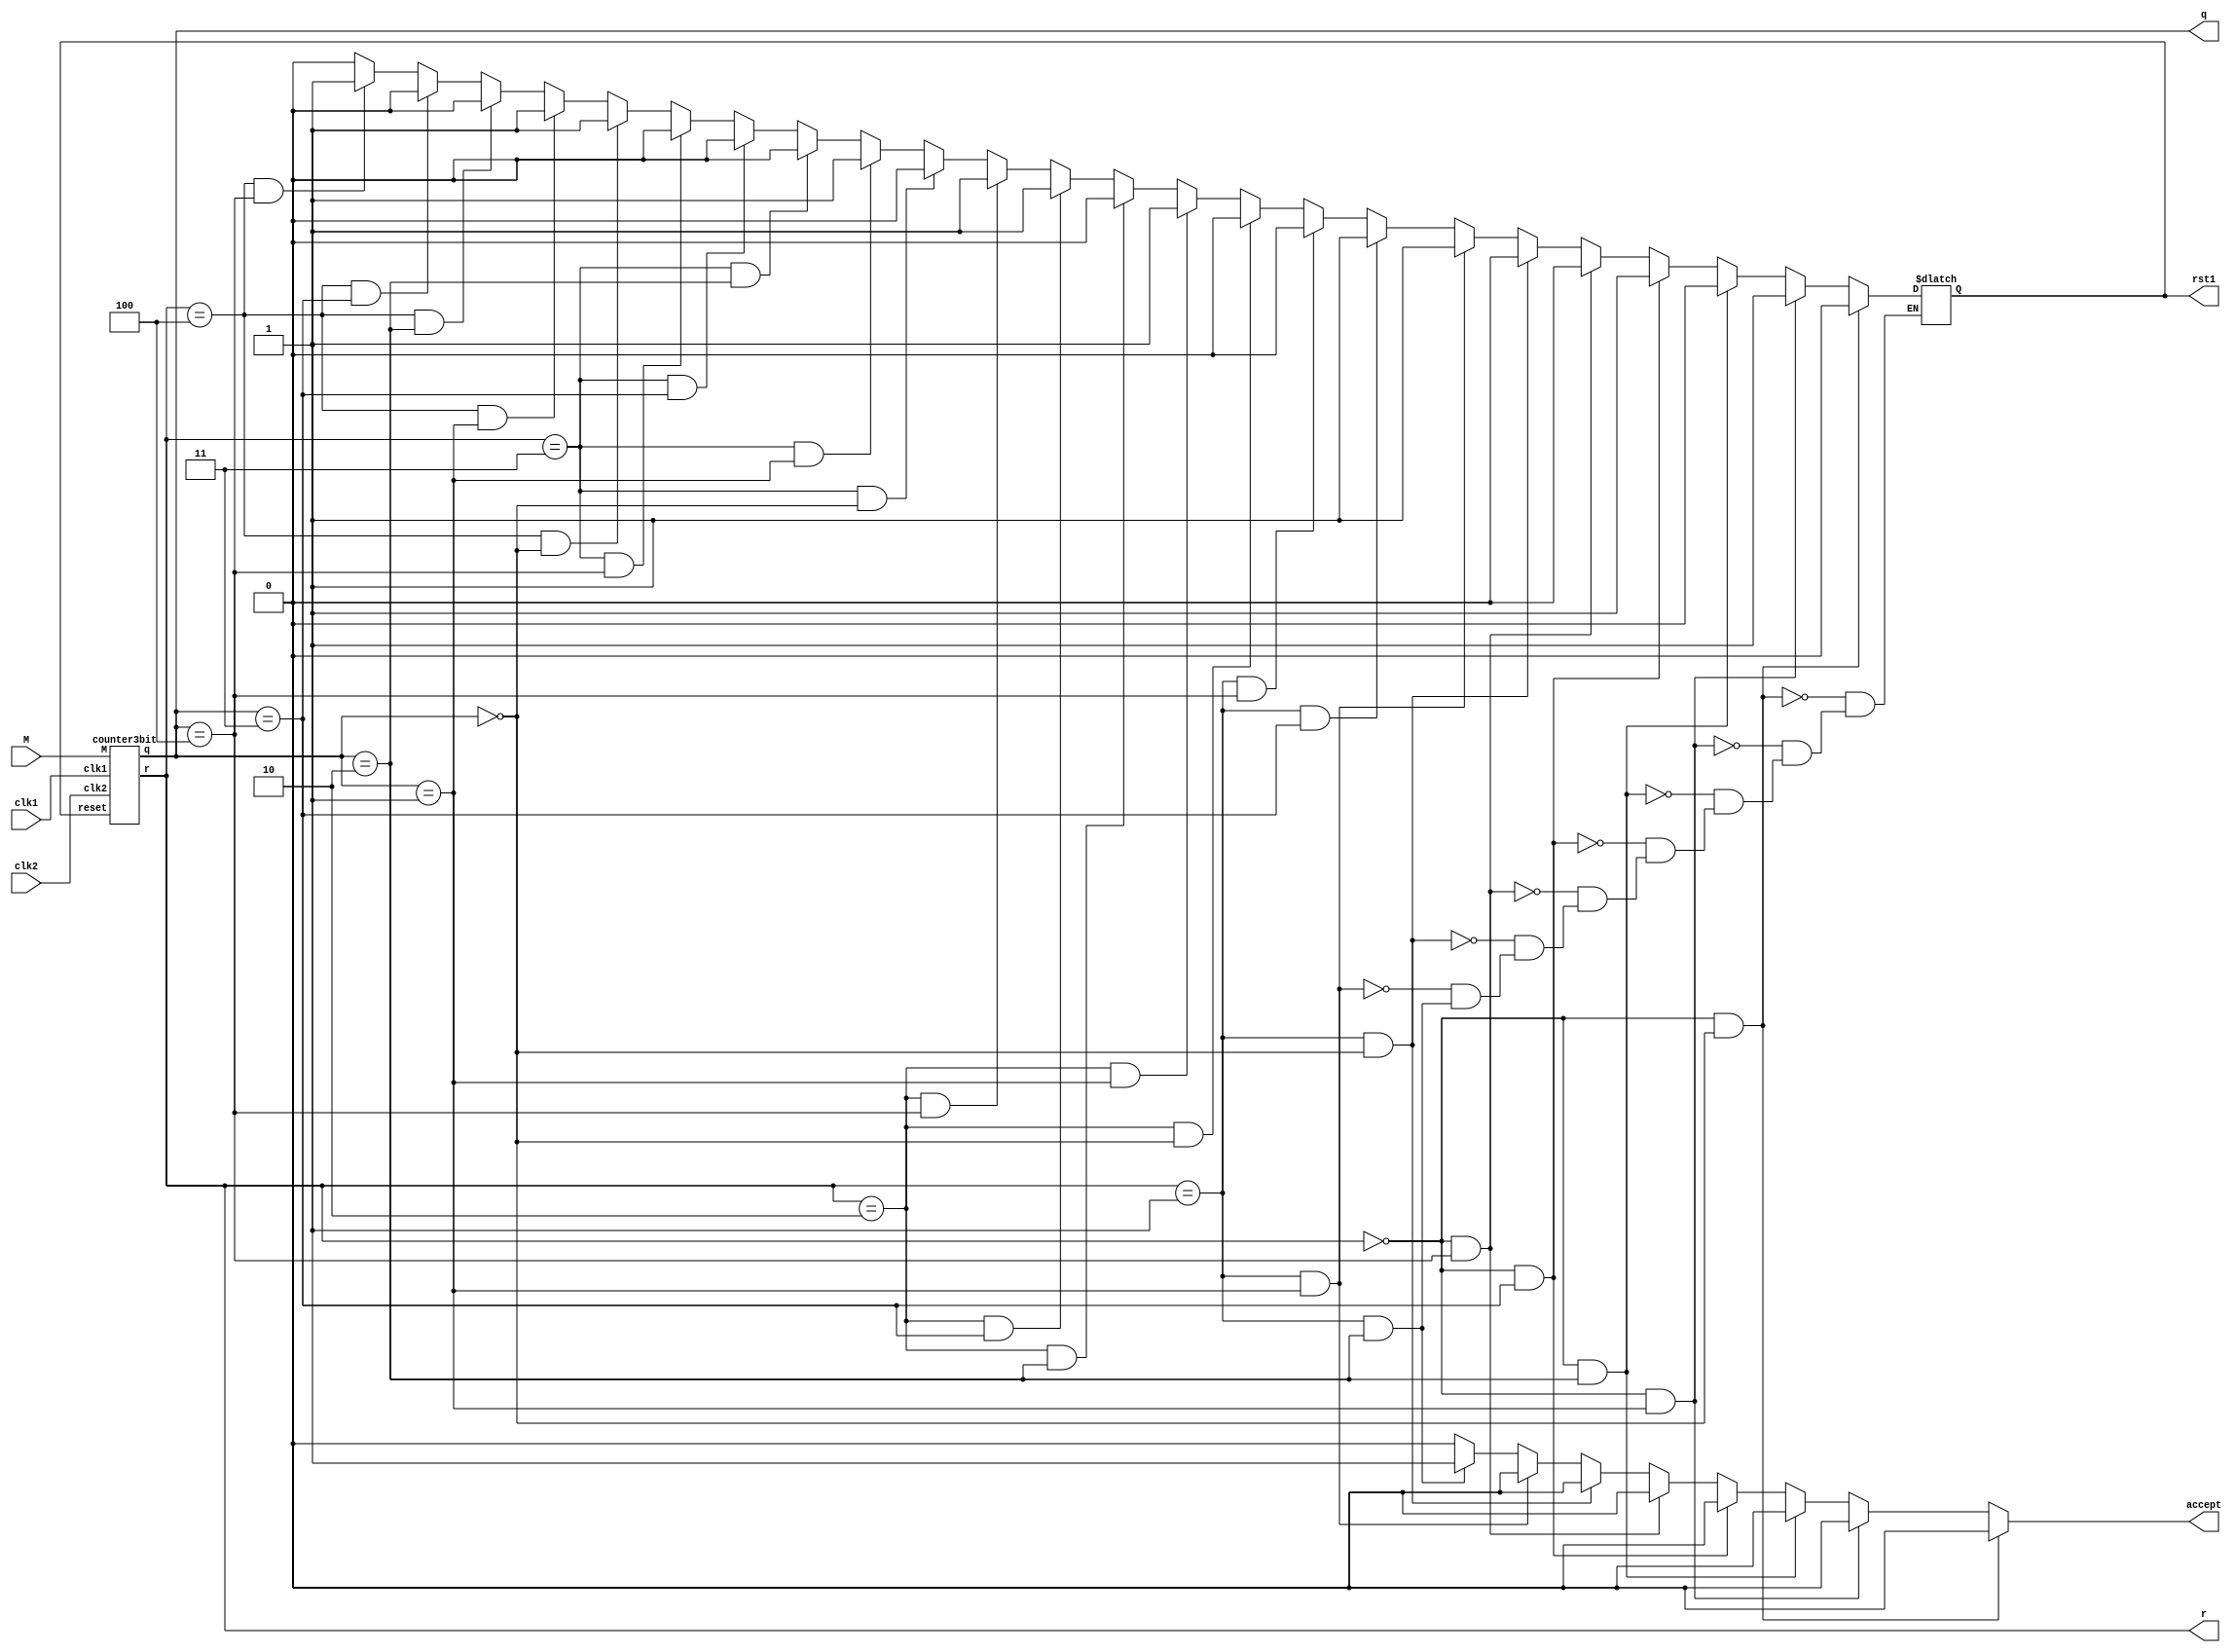
module final(M,clk1,clk2,q,r,rst1,accept);
    input M ,clk1,clk2; // M = countup or countdown
    output [2:0] q,r; // output q = colum , r = rowa
	output rst1,accept; 
	reg rst1;
	reg reset; //  set reset 
	reg accept; // ouput accept state

always@(clk1 || clk2) //   switch
	    begin //  map
		accept <= 1'b0;
        if(r == 3'b000 && q == 3'b000) rst1 <= 1'b0;
		else if(r == 3'b000 && q == 3'b001) rst1 <= 1'b1;
		else if(r == 3'b000 && q == 3'b010) rst1 <= 1'b0;
		else if(r == 3'b000 && q == 3'b011) rst1 <= 1'b1;
		else if(r == 3'b000 && q == 3'b100) rst1 <= 1'b0;

		else if(r == 3'b001 && q == 3'b000) rst1 <= 1'b0;
		else if(r == 3'b001 && q == 3'b001) rst1 <= 1'b1;
		else if(r == 3'b001 && q == 3'b010) #1 accept <= 1'b1;
		else if(r == 3'b001 && q == 3'b011) rst1 <= 1'b1;
		else if(r == 3'b001 && q == 3'b100) rst1 <= 1'b0;

		else if(r == 3'b010 && q == 3'b000) rst1 <= 1'b0;
		else if(r == 3'b010 && q == 3'b001) rst1 <= 1'b1;
		else if(r == 3'b010 && q == 3'b010) rst1 <= 1'b0;
		else if(r == 3'b010 && q == 3'b011) rst1 <= 1'b1;
		else if(r == 3'b010 && q == 3'b100) rst1 <= 1'b1;
		
		else if(r == 3'b011 && q == 3'b000) rst1 <= 1'b0;
		else if(r == 3'b011 && q == 3'b001) rst1 <= 1'b1;
		else if(r == 3'b011 && q == 3'b010) rst1 <= 1'b0;
		else if(r == 3'b011 && q == 3'b011) rst1 <= 1'b0;
		else if(r == 3'b011 && q == 3'b100) rst1 <= 1'b0;

		else if(r == 3'b100 && q == 3'b000) rst1 <= 1'b1;
		else if(r == 3'b100 && q == 3'b001) rst1 <= 1'b1;
		else if(r == 3'b100 && q == 3'b010) rst1 <= 1'b0;
		else if(r == 3'b100 && q == 3'b011) rst1 <= 1'b0;
		else if(r == 3'b100 && q == 3'b100) rst1 <= 1'b1;
		else rst1 <= 1'b0;

		reset <= rst1; // set  reset  rst1
		
		end
	
    counter3bit box1(q,r,clk1,clk2,reset,M); //  block diagram  counter3bit
	
endmodule


module counter3bit(q,r, clk1,clk2, reset, M);
	output [2:0] q,r;
	input clk1,clk2, reset, M;
		//  block diagram  count3bit  output  switch
        count3bit c1(q,clk1,reset,M);
        count3bit c2(r,clk2,reset,M);

endmodule

module count3bit  (q, clk, reset, M);
	output [2:0] q;
	input clk, reset, M;
	wire TA_in, TB_in, TC_in;

			//  block diagram  state machine 
            TA_trans ta(TA_in, q[0], q[1], q[2], M); 
            TB_trans tb(TB_in, q[0], q[1], q[2], M);
            TC_trans tc(TC_in, q[0], q[1], q[2], M);            

			T_FF tff0 (q[0], TA_in, clk, reset);
			T_FF tff1 (q[1], TB_in, clk, reset);
            T_FF tff2 (q[2], TC_in, clk, reset);


endmodule

module T_FF (q, t, clk, reset);
	output q;
	input t,clk,reset;
		xor xor01(d,q,t);
		D_FF  d01(q,d,clk,reset);
endmodule

module D_FF (q, d, clk, reset);
	output q;
	input d,clk,reset;
	reg q;
	
	always @(posedge reset or negedge clk)
		if (reset)
  			q= 1'b0;
		else
  			q=d;
endmodule


module and3input (out, in1, in2 , in3);
    input in1, in2, in3;
    output out;
    wire and1Out, and2Out;
    and and1(and1Out, in1, in2);
    and and2(and2Out, in3, in3);
    and andOut(out, and1Out, and2Out);
endmodule

module or4input (out, in1, in2, in3, in4);
    input in1, in2, in3, in4;
    output out;
    wire or1out, or2out;
        or or1(or1out, in1, in2);
        or or2(or2out, in3, in4);
        or orOut(out, or1out, or2out);
endmodule

module or3input (out, in1, in2, in3);
    input in1, in2, in3;
    output out;
    wire or1out, or2out;
        or or1(or1out, in1, in2);
        or or2(or2out, in3, in3);
        or orOut(out, or1out, or2out);
endmodule

module TA_trans (out, Qa, Qb, Qc, M);
    input Qa, Qb, Qc, M;
    output out; 
    wire and1out, and2out, and3out;
        and and1(and1out, ~M, ~Qc);
        and3input and2(and2out, M, Qc, ~Qb);
        and3input and3(and3out, M, ~Qc, Qb);
        or4input or1(out, Qa, and1out, and2out, and3out);
endmodule

module TB_trans (out, Qa, Qb, Qc, M);
    input Qa, Qb, Qc, M;
    output out; 
    wire and1out, and2out, and3out, and4out;
        and and1 (and1out, Qc, Qb);
        and3input and2(and2out, M, Qc, ~Qa);
        and3input and3(and3out, ~M, ~Qc, Qa);
        and3input and4(and4out, M, Qb, ~Qa);
        or4input or1(out, and1out, and2out, and3out, and4out);
endmodule

module TC_trans (out, Qa, Qb, Qc, M);
    input Qa, Qb, Qc, M;
    output out; 
    wire and1out, and2out;
        and3input and1(and1out, M, ~Qb, ~Qa);
        and3input and2(and2out, ~M, Qb, Qa);
        or3input or1(out, Qc, and1out, and2out);
endmodule